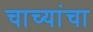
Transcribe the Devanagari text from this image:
चाच्यांचा